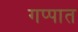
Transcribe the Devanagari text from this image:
गप्पात